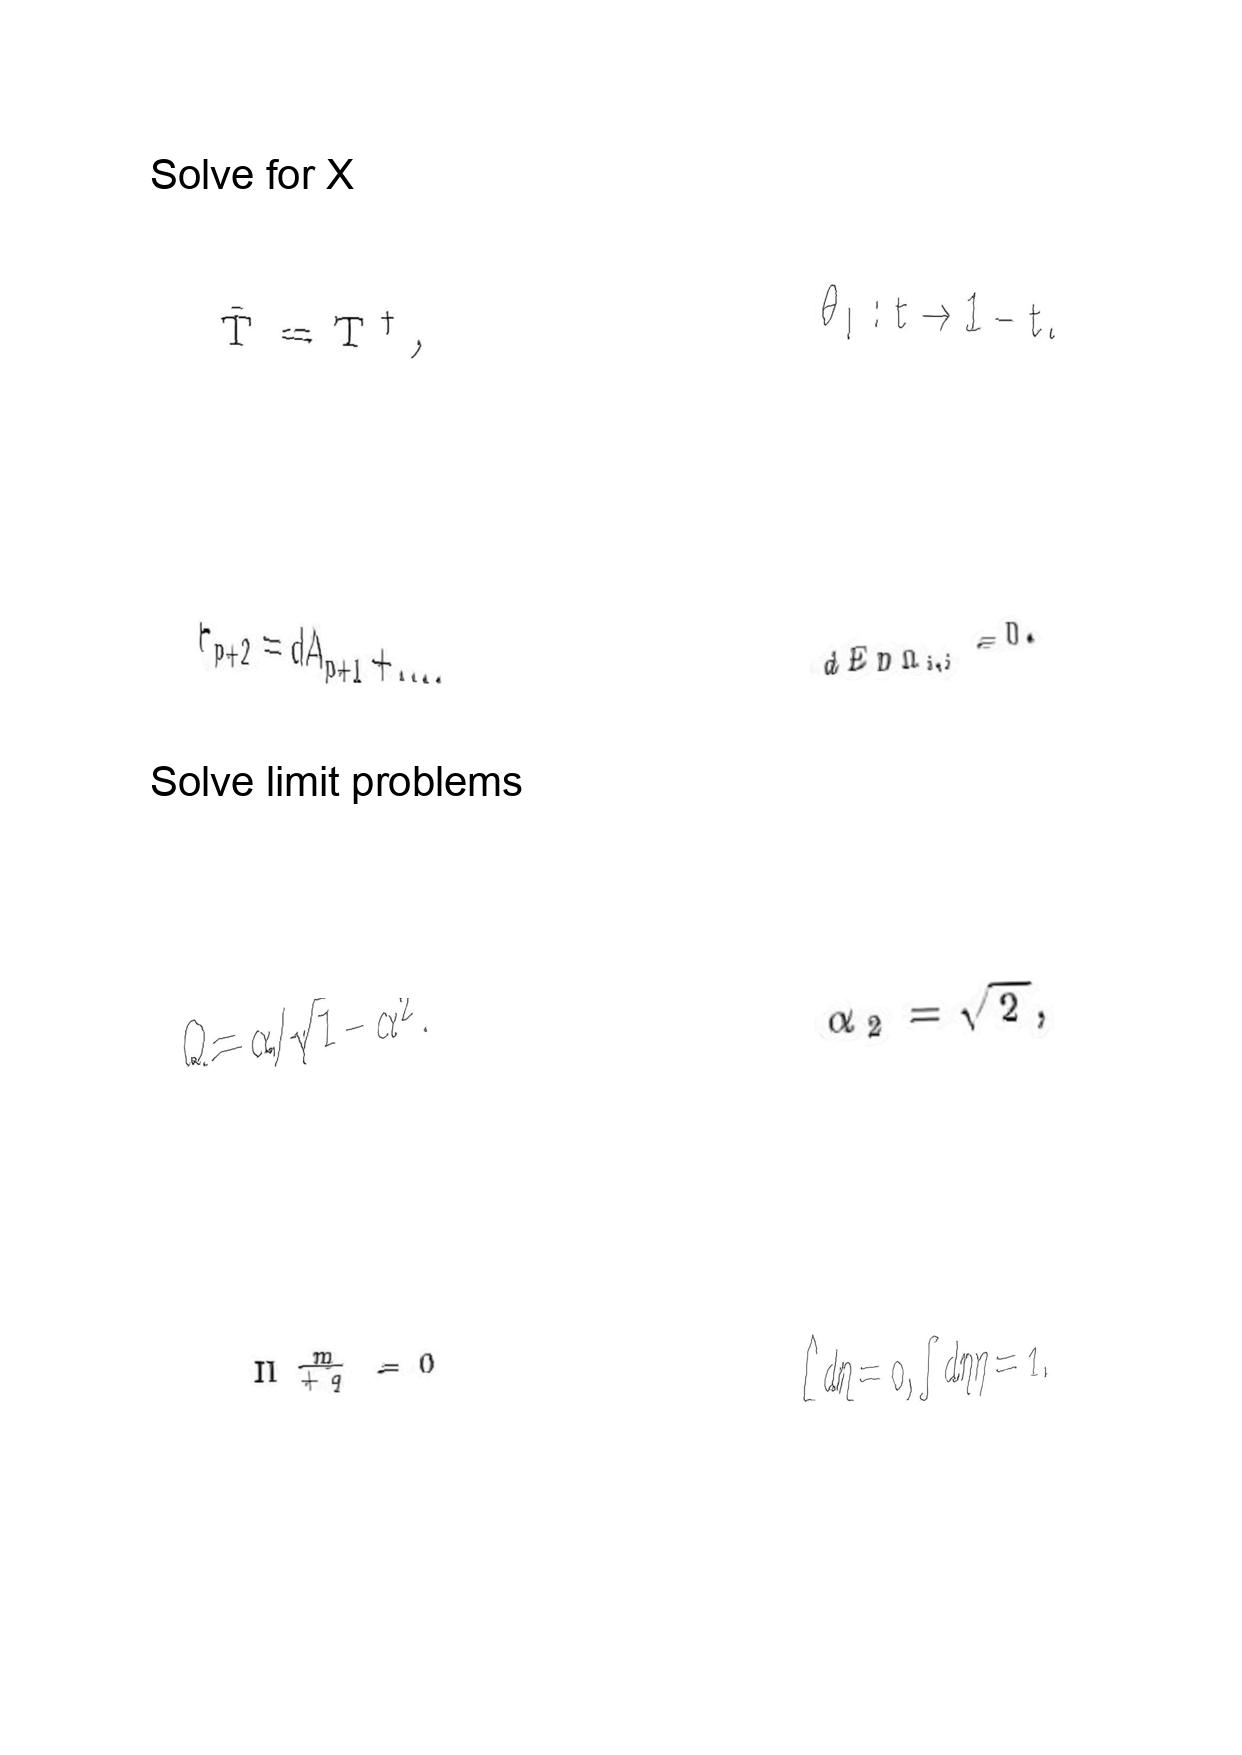
LaTeX transcription:
\bar { T } = T ^ { \dagger } ,
F _ { p + 2 } = d A _ { p + 1 } + \ldots .
Q = \alpha / \sqrt { 1 - \alpha ^ { 2 } } .
\Pi _ { + q } ^ { \underline { m } } = 0
\theta _ { l } : t \rightarrow 1 - t .
d E _ { D \Omega _ { i , j } } = 0 .
\alpha _ { 2 } = \sqrt { 2 } ,
\int d \eta = 0 , \int d \eta \eta = 1 .